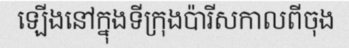
ឡើងនៅក្នុងទីក្រុងប៉ារីសកាលពីចុង